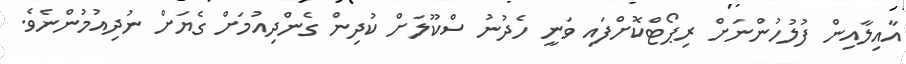
އާއިލާއިން ފުލުހުންނަށް ރިޕޯޓްކޮށްފައި ވަނީ ހެދުނު ސްކޫލަށް ކުދިން ގެންދިއުމަށް ގެޔަށް ނުދިއުމުންނެވެ.